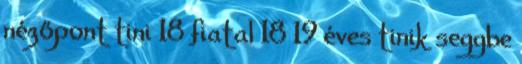
nézőpont tini 18 fiatal 18 19 éves tinik seggbe